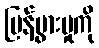
ပြန့်ပွားမှုကို